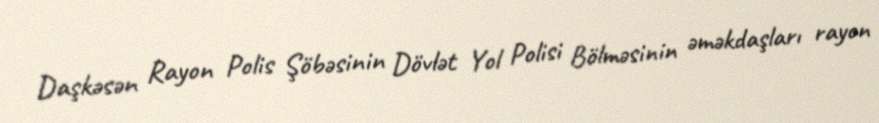
Daşkəsən Rayon Polis Şöbəsinin Dövlət Yol Polisi Bölməsinin əməkdaşları rayon